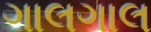
ગાલગાલ